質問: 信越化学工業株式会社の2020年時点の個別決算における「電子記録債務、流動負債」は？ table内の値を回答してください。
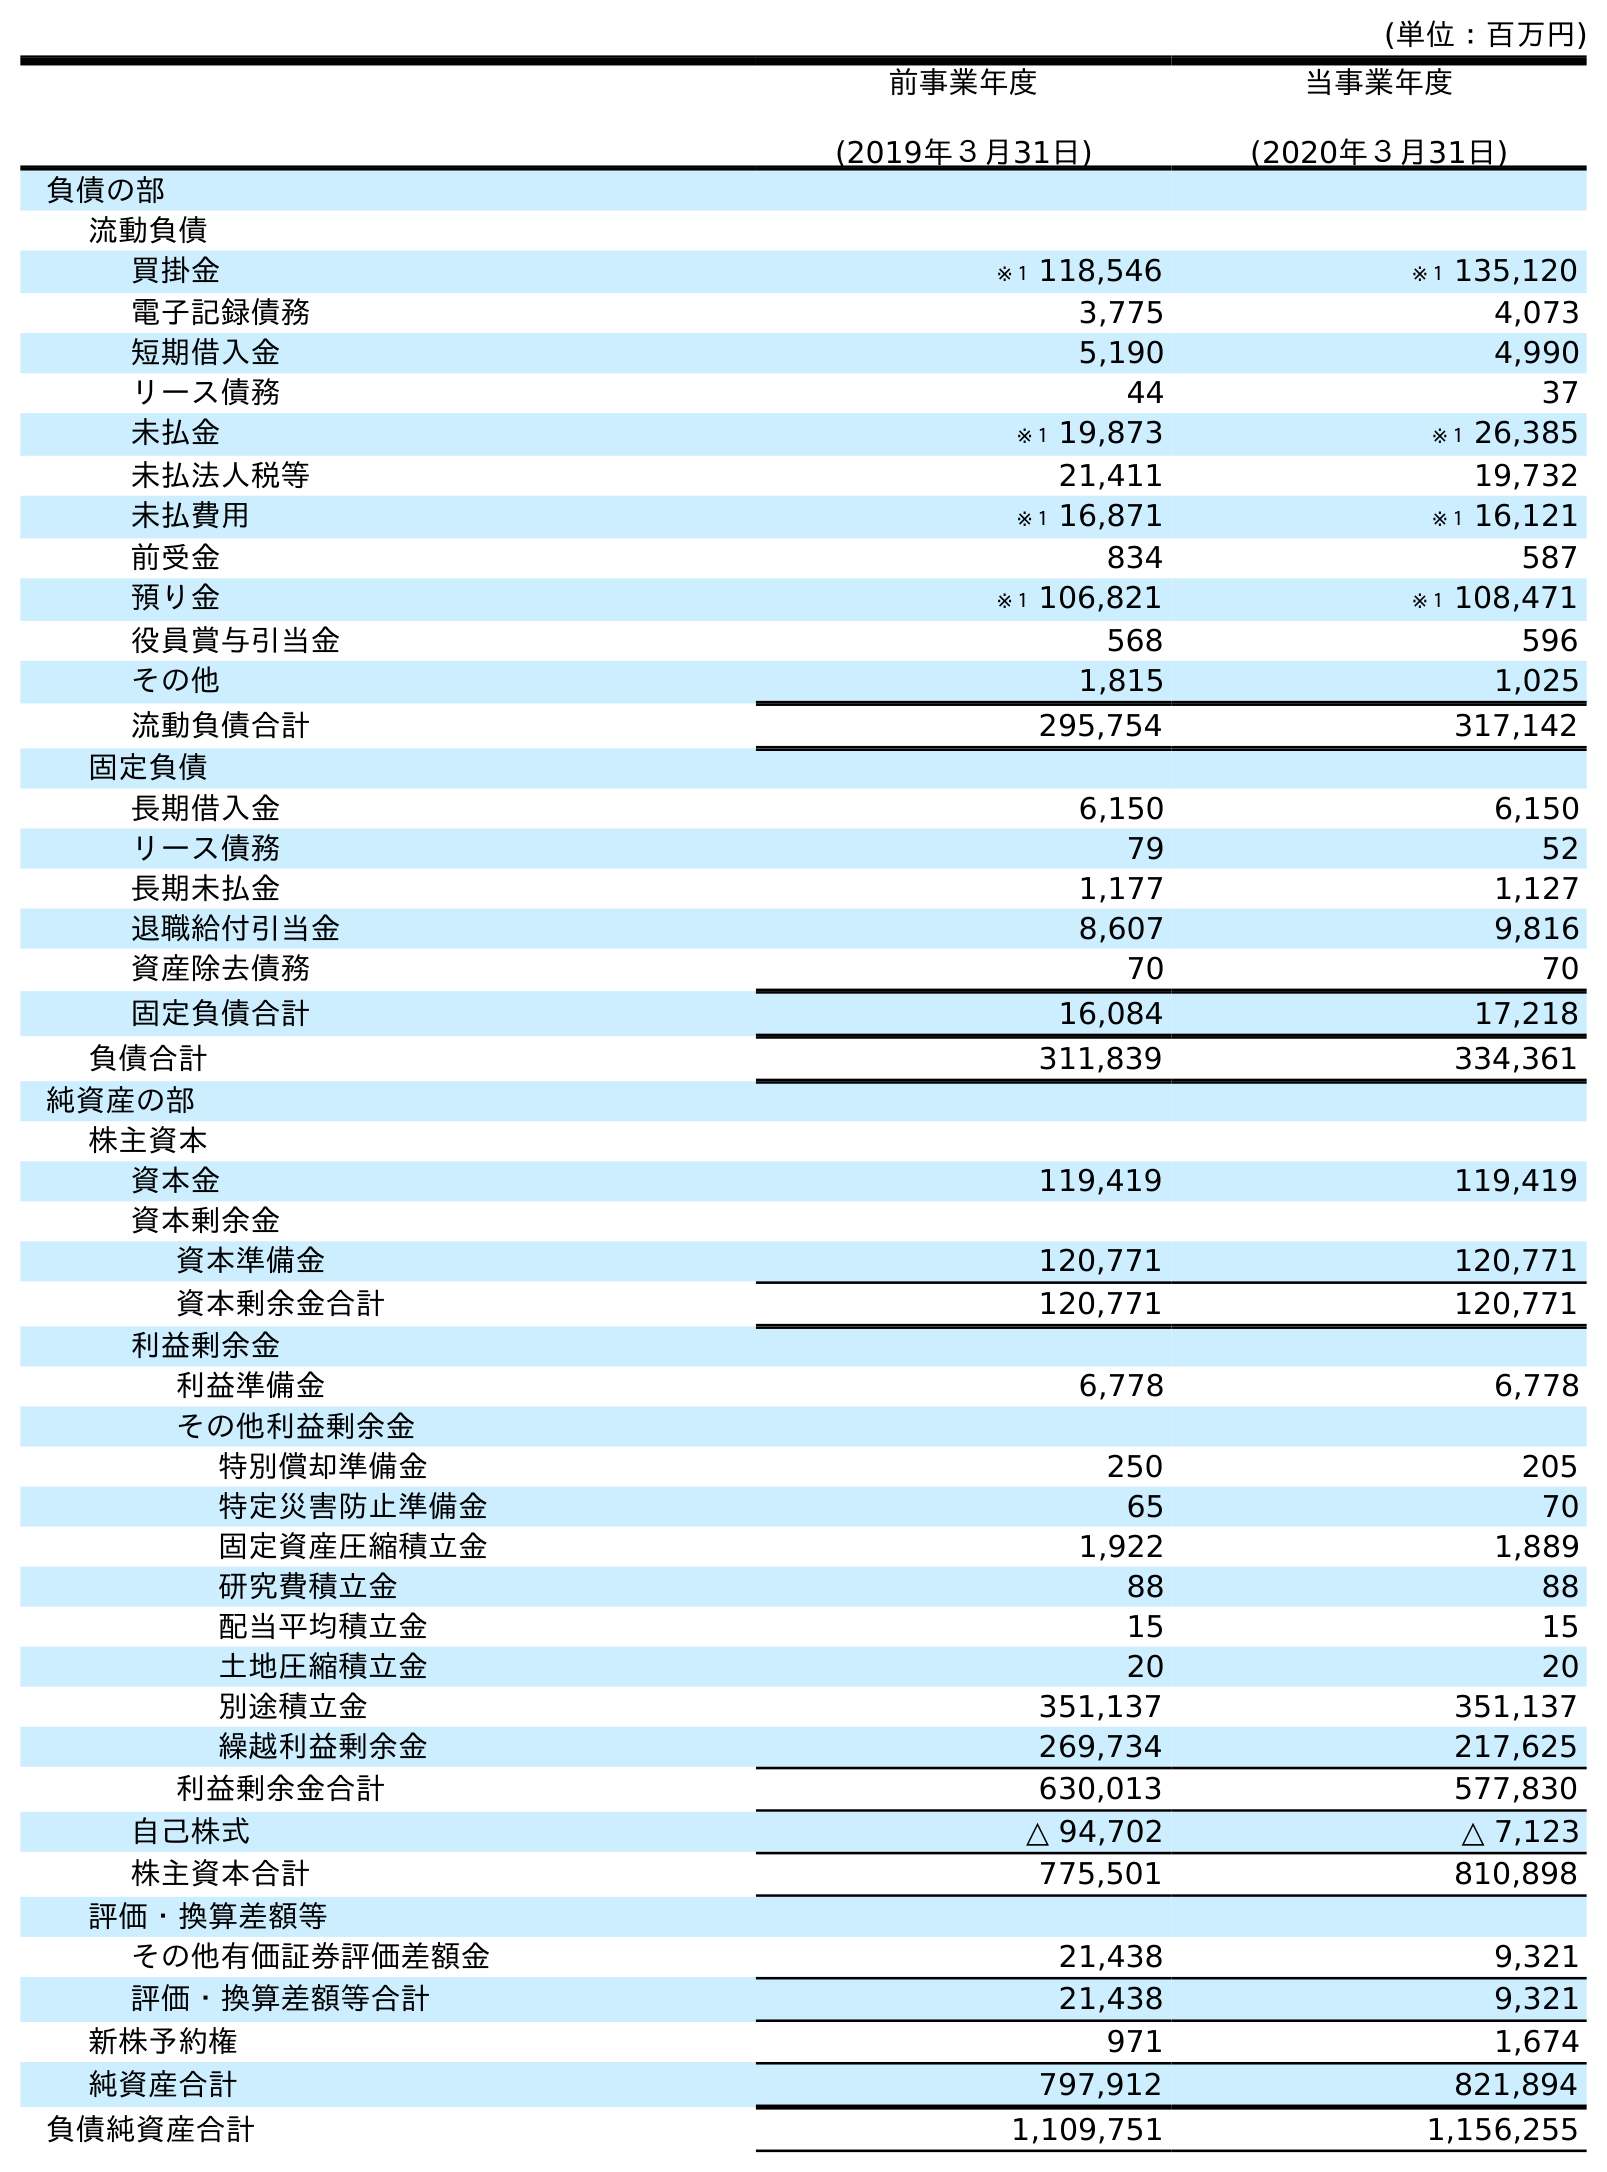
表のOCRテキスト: (単位：百万円) 前事業年度 (2019年３月31日) 当事業年度 (2020年３月31日) 負債の部 流動負債 買掛金 ※１ 118,546 ※１ 135,120 電子記録債務 3,775 4,073 短期借入金 5,190 4,990 リース債務 44 37 未払金 ※１ 19,873 ※１ 26,385 未払法人税等 21,411 19,732 未払費用 ※１ 16,871 ※１ 16,121 前受金 834 587 預り金 ※１ 106,821 ※１ 108,471 役員賞与引当金 568 596 その他 1,815 1,025 流動負債合計 295,754 317,142 固定負債 長期借入金 6,150 6,150 リース債務 79 52 長期未払金 1,177 1,127 退職給付引当金 8,607 9,816 資産除去債務 70 70 固定負債合計 16,084 17,218 負債合計 311,839 334,361 純資産の部 株主資本 資本金 119,419 119,419 資本剰余金 資本準備金 120,771 120,771 資本剰余金合計 120,771 120,771 利益剰余金 利益準備金 6,778 6,778 その他利益剰余金 特別償却準備金 250 205 特定災害防止準備金 65 70 固定資産圧縮積立金 1,922 1,889 研究費積立金 88 88 配当平均積立金 15 15 土地圧縮積立金 20 20 別途積立金 351,137 351,137 繰越利益剰余金 269,734 217,625 利益剰余金合計 630,013 577,830 自己株式 △ 94,702 △ 7,123 株主資本合計 775,501 810,898 評価・換算差額等 その他有価証券評価差額金 21,438 9,321 評価・換算差額等合計 21,438 9,321 新株予約権 971 1,674 純資産合計 797,912 821,894 負債純資産合計 1,109,751 1,156,255
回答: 4,073